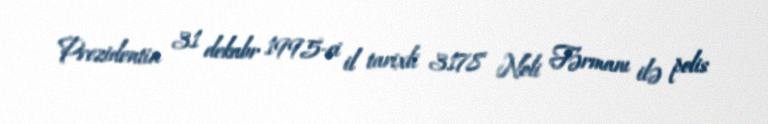
Prezidentin 31 dekabr 1995-ci il tarixli 3178 №li Fərmanı ilə polis